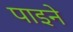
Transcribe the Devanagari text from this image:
पाइने